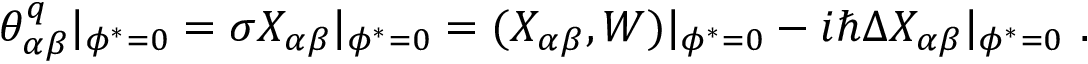
\theta _ { \alpha \beta } ^ { q } | _ { \phi ^ { * } = 0 } = \sigma X _ { \alpha \beta } | _ { \phi ^ { * } = 0 } = ( X _ { \alpha \beta } , W ) | _ { \phi ^ { * } = 0 } - i \hbar \Delta X _ { \alpha \beta } | _ { \phi ^ { * } = 0 } \ .